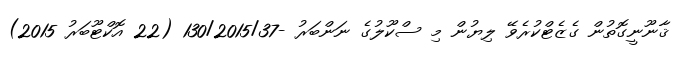
ޤާނޫނީގޮތުން ގެޒެޓްކުރެވޭ ލިޔުން މި ސްކޫލުގެ ނަންބަރު -130/2015/37 (22 އޮކްޓޫބަރު 2015)